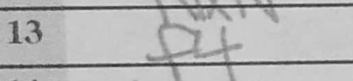
Transcription: f4